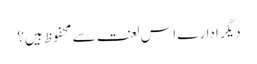
دیگر ادارے اس لعنت سے محفوظ ہیں؟